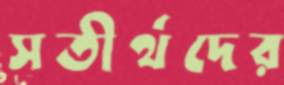
সতীর্থদের